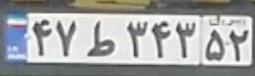
۴۷ط۳۴۳۵۲